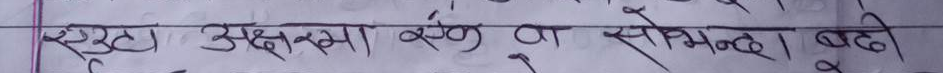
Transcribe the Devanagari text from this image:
रुटा अक्षमा रुख वा सोभिन्नता बढी